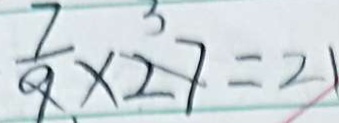
\frac { 7 } { 9 } \times 2 7 = 2 1